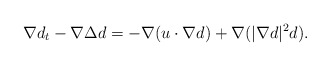
\begin{align*}\nabla d_t -\nabla \Delta d=-\nabla (u\cdot \nabla d)+\nabla (|\nabla d|^2 d).\end{align*}